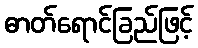
ဓာတ်ရောင်ခြည်ဖြင့်